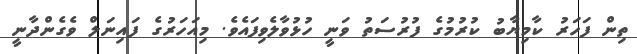
ތިން ފަހަރު ކާމިޔާބު ކުރުމުގެ ފުރުސަތު ވަނީ ހުޅުވާލެވިފައެވެ. މިއަހަރުގެ ފައިނަލް ވެގެންދާނީ